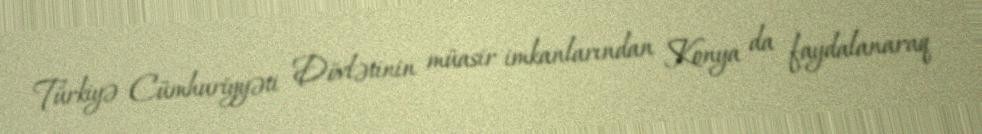
Türkiyə Cümhuriyyəti Dövlətinin müasir imkanlarından Konya da faydalanaraq